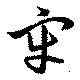
牢